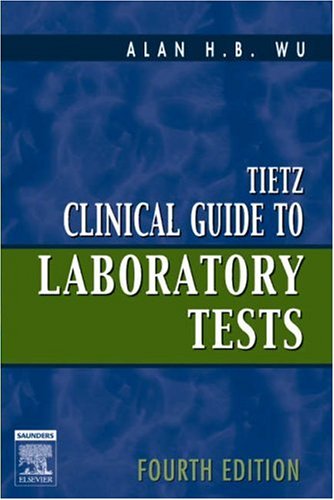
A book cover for Tietz Clinical Guide to Laboratory Tests Fourth Edition; Alan Wu; Science & Math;